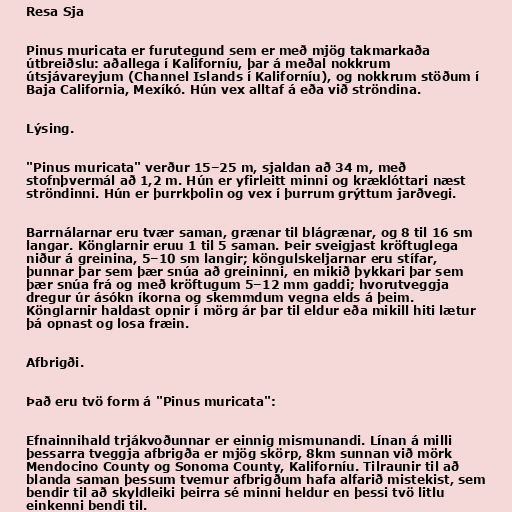
Resa Sja

Pinus muricata er furutegund sem er með mjög takmarkaða
útbreiðslu: aðallega í Kaliforníu, þar á meðal nokkrum
útsjávareyjum (Channel Islands í Kaliforníu), og nokkrum stöðum í
Baja California, Mexíkó. Hún vex alltaf á eða við ströndina.

Lýsing.

"Pinus muricata" verður 15–25 m, sjaldan að 34 m, með
stofnþvermál að 1,2 m. Hún er yfirleitt minni og kræklóttari næst
ströndinni. Hún er þurrkþolin og vex í þurrum grýttum jarðvegi.

Barrnálarnar eru tvær saman, grænar til blágrænar, og 8 til 16 sm
langar. Könglarnir eruu 1 til 5 saman. Þeir sveigjast kröftuglega
niður á greinina, 5–10 sm langir; köngulskeljarnar eru stífar,
þunnar þar sem þær snúa að greininni, en mikið þykkari þar sem
þær snúa frá og með kröftugum 5–12 mm gaddi; hvorutveggja
dregur úr ásókn íkorna og skemmdum vegna elds á þeim.
Könglarnir haldast opnir í mörg ár þar til eldur eða mikill hiti lætur
þá opnast og losa fræin.

Afbrigði.

Það eru tvö form á "Pinus muricata":

Efnainnihald trjákvoðunnar er einnig mismunandi. Línan á milli
þessarra tveggja afbrigða er mjög skörp, 8km sunnan við mörk
Mendocino County og Sonoma County, Kaliforníu. Tilraunir til að
blanda saman þessum tvemur afbrigðum hafa alfarið mistekist, sem
bendir til að skyldleiki þeirra sé minni heldur en þessi tvö litlu
einkenni bendi til.